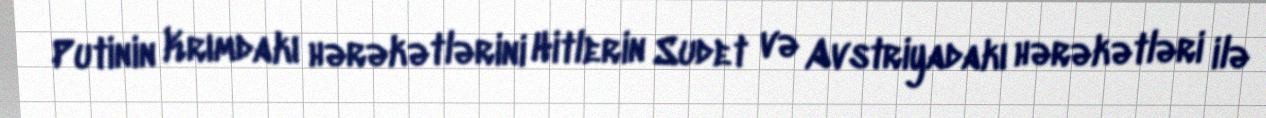
Putinin Krımdakı hərəkətlərini Hitlerin Sudet və Avstriyadakı hərəkətləri ilə